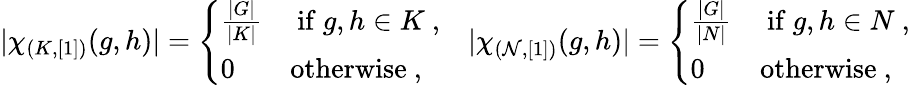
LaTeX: |\chi_{(K,[1])}(g,h)|=\left\{ \begin{array}{ll}{\frac{|G|}{|K|}}&{\mathrm{~if~}g,h\in K~,}\\ {0}&{\mathrm{otherwise}~,}\end{array}\right.\quad|\chi_{(\mathcal{N},[1])}(g,h)|=\left\{ \begin{array}{ll}{\frac{|G|}{|N|}}&{\mathrm{~if~}g,h\in N~,}\\ {0}&{\mathrm{otherwise}~,}\end{array}\right.